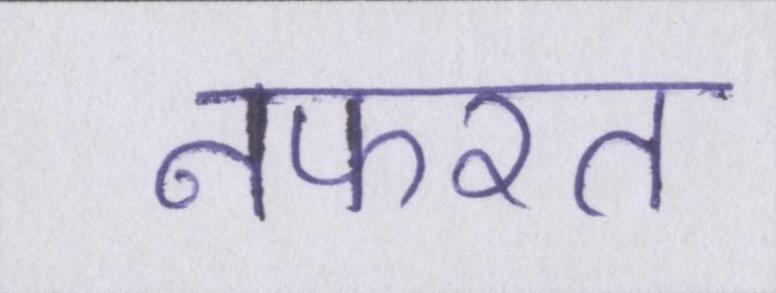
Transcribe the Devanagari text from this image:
नफरत